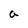
Character: a